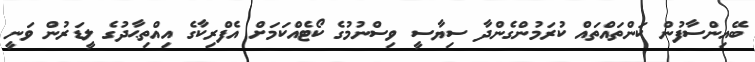
ބޭއިންސާފުން ކަންތައްތައް ކުރަމުންގެންދާ ސިޔާސީ ވިސްނުމުގެ ކޯޓެއްކަމަށް އެފްރިކާގެ އިއްތިޙާދުގެ ލީޑަރުން ވަނީ